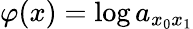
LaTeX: \varphi(x)=\log a_{x_{0}x_{1}}